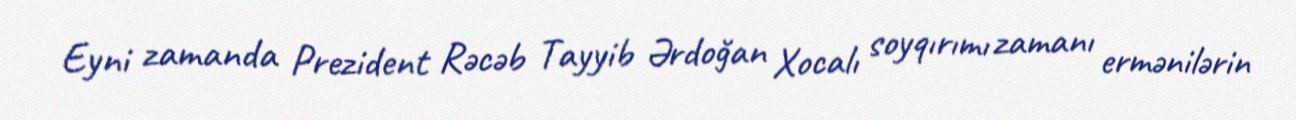
Eyni zamanda Prezident Rəcəb Tayyib Ərdoğan Xocalı soyqırımı zamanı ermənilərin